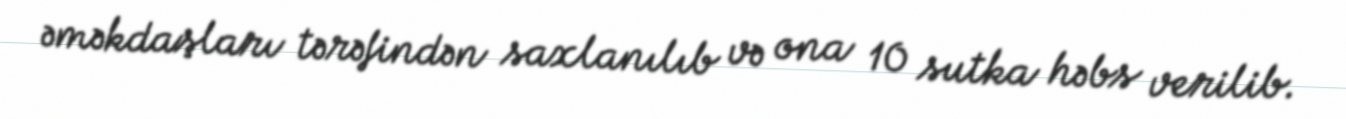
əməkdaşları tərəfindən saxlanılıb və ona 10 sutka həbs verilib.